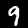
Digit: 9